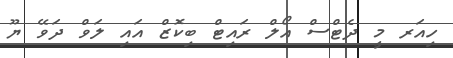
ހިއަރ މީ ދެޓްސް އޯލް ރައިޓް ބިކޮޒް އައި ލަވް ދަވޭ ޔޫ